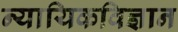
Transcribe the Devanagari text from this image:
न्यायिकविज्ञान